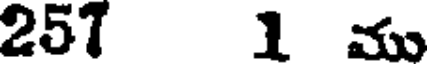
257 1 ము